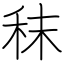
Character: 秣